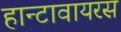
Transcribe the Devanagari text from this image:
हान्टावायरस